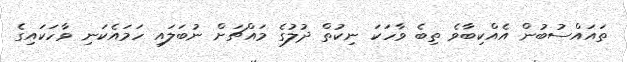
ތައައްސުބުން އެއްކިބާވެ ތިބެ ވާހަކަ ނިކުތް ދުލުގެ މައްޗަށް ނުބަލައި ހަމައެކަނި ވާހަކައިގެ